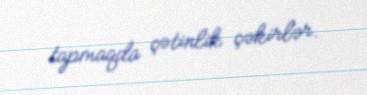
tapmaqda çətinlik çəkirlər.